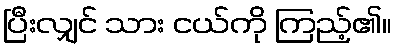
ပြီးလျှင် သား ငယ်ကို ကြည့်၏။